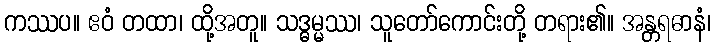
ကဿပ။ ဧဝံ တထာ၊ ထို့အတူ။ သဒ္ဓမ္မဿ၊ သူတော်ကောင်းတို့ တရား၏။ အန္တရဓာနံ၊